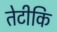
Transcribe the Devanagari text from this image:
तेटीकि